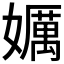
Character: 𱙯